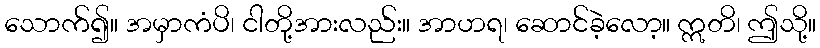
သောက်၍။ အမှာကံပိ၊ ငါတို့အားလည်း။ အာဟရ၊ ဆောင်ခဲ့လော့။ ဣတိ၊ ဤသို့။